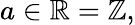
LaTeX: a\in\mathbb{R}=\mathbb{{Z}},